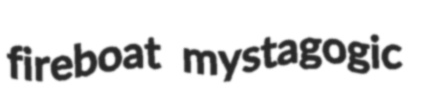
fireboat mystagogic